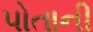
પોતાની